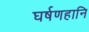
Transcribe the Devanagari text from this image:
घर्षणहानि